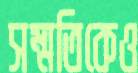
সম্মতিকেও